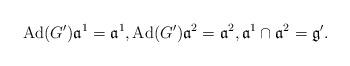
LaTeX: \begin{gather*}\mathrm{Ad}(G')\mathfrak{a}^1=\mathfrak{a}^1, \mathrm{Ad}(G')\mathfrak{a}^2=\mathfrak{a}^2,\mathfrak{a}^1\cap \mathfrak{a}^2=\mathfrak{g}'.\end{gather*}